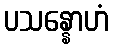
ပသန္နောဟံ